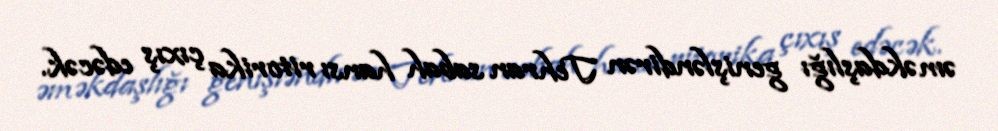
əməkdaşlığı genişləndirən Tehran sabah hansı ritorika çıxış edəcək.